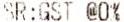
SR:GST @0%